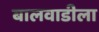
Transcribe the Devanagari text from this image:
बालवाडीला